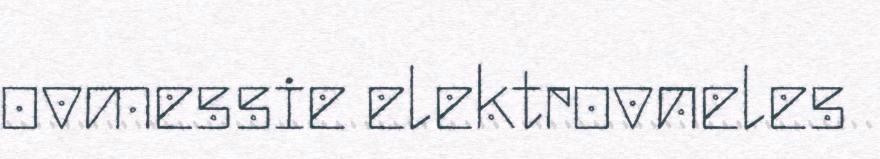
ovmessie elektrovneles